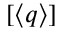
[ \langle q \rangle ]